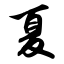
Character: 夏